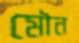
মৌন